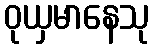
ဝုယှမာနေသု